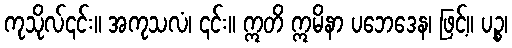
ကုသိုလ်၎င်း။ အကုသလံ၊ ၎င်း။ ဣတိ ဣမိနာ ပဘေဒေန၊ ဖြင့်။ ပဉ္စ၊